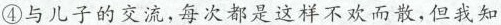
④与儿子的交流，每次都是这样不欢而散，但我知